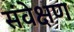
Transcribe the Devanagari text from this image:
संवेक्षण